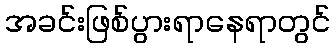
အခင်းဖြစ်ပွားရာနေရာတွင်